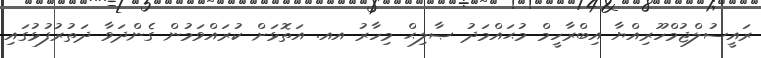
ރައީސުލްޖުމްހޫރިއްޔާ އިބްރާހީމް މުޙައްމަދު ޞާލިޙް މިހާރު އއ. އަތޮޅަށް ކުރައްވަމުން ގެންދަވާ ދަތުރުފުޅުގައި